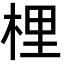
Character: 梩